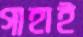
গাহাই